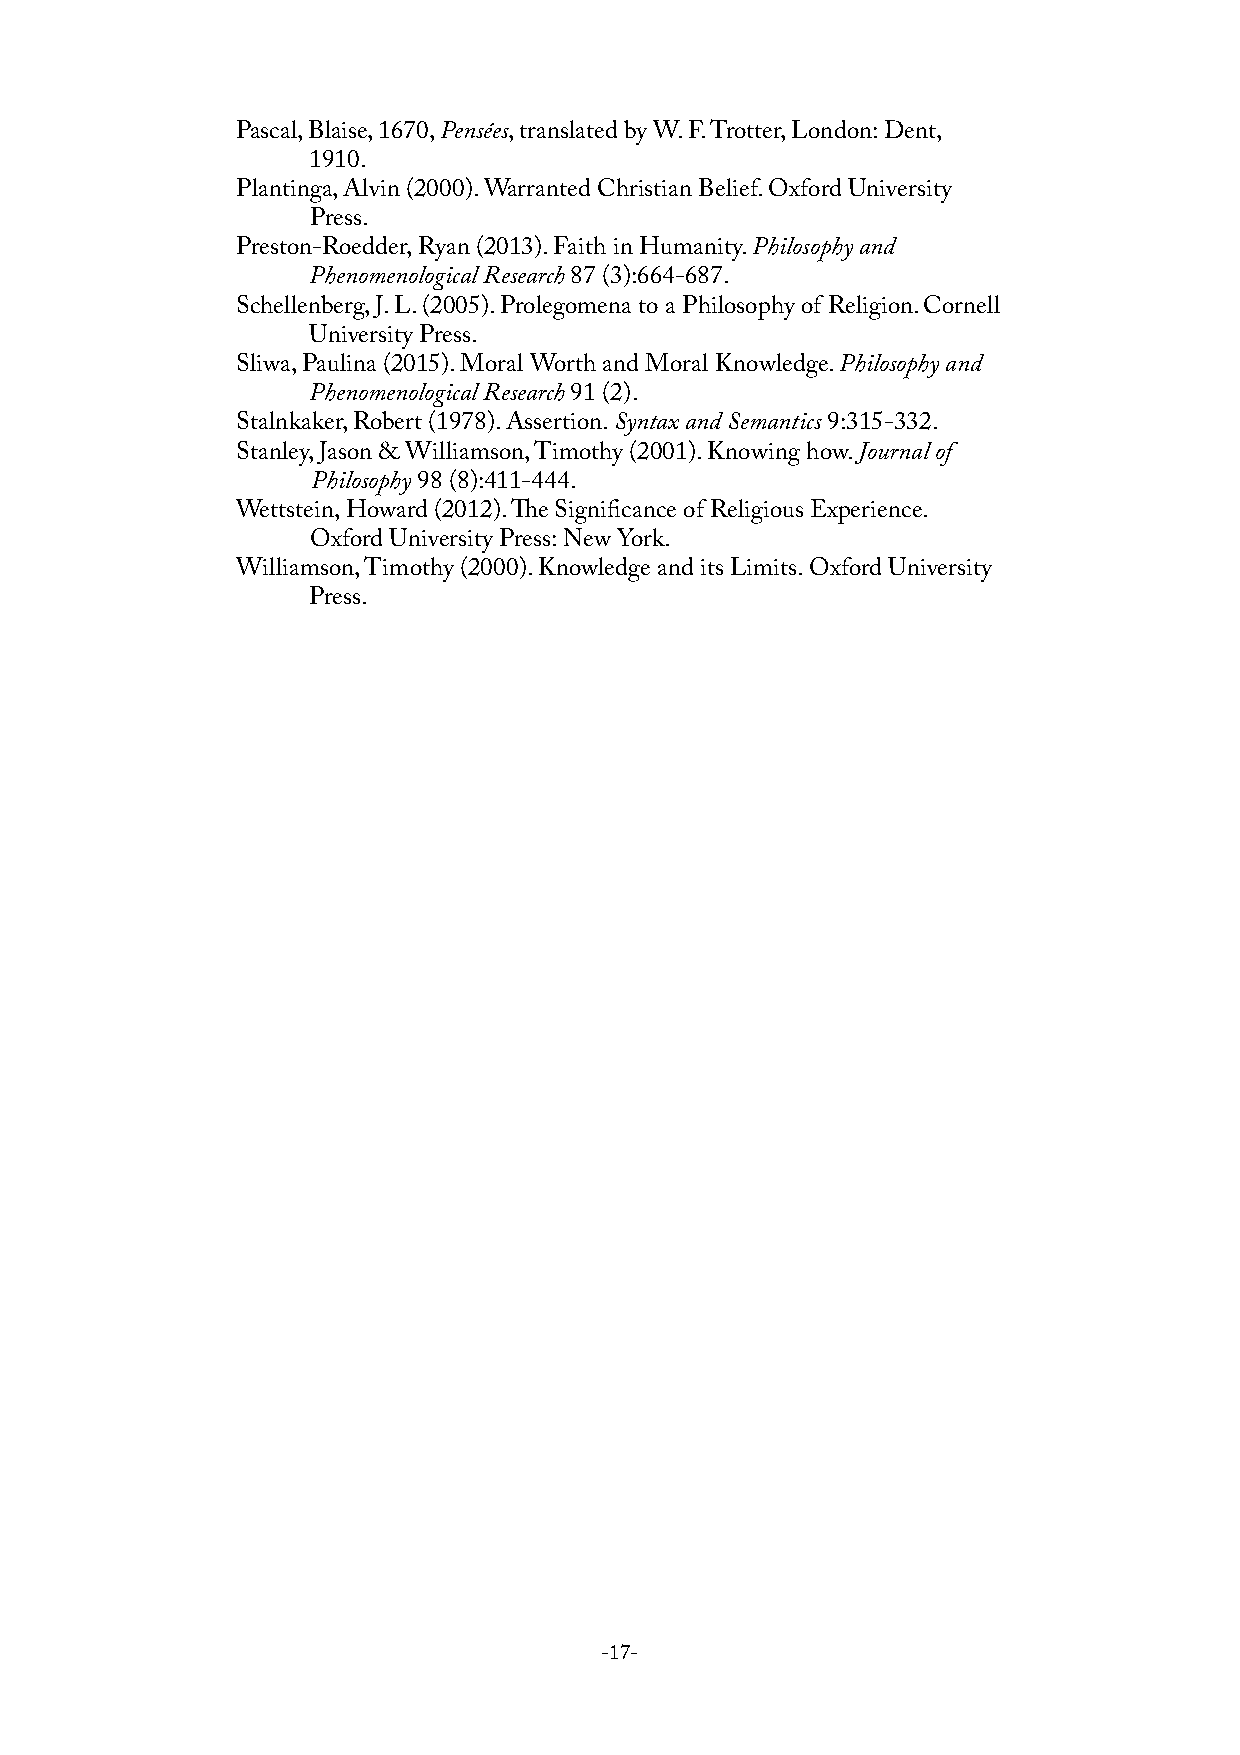
Pascal, Blaise, 1670, Pensées, translated by W. F. Trotter, London: Dent,
 1910.
 Plantinga, Alvin (2000). Warranted Christian Belief. Oxford University
 Press.
 Preston-Roedder, Ryan (2013). Faith in Humanity. Philosophy and
 Phenomenological Research 87 (3):664-687.
 Schellenberg, J. L. (2005). Prolegomena to a Philosophy of Religion. Cornell
 University Press.
 Sliwa, Paulina (2015). Moral Worth and Moral Knowledge. Philosophy and
 Phenomenological Research 91 (2).
 Stalnkaker, Robert (1978). Assertion. Syntax and Semantics 9:315-332.
 Stanley, Jason & Williamson, Timothy (2001). Knowing how. Journal of
 Philosophy 98 (8):411-444.
 Wettstein, Howard (2012). e Significance of Religious Experience.
 Oxford University Press: New York.
 Williamson, Timothy (2000). Knowledge and its Limits. Oxford University
 Press.
 -17-